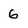
Character: 6